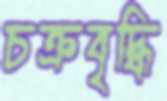
চক্রবৃদ্ধি